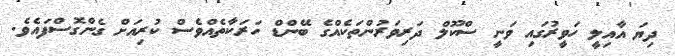
ދިޔަ އާއިލީ ހަވީރުގައި ވަނީ ސްކޫލް ދަރިވަރުންތަކެއްގެ ބޭންޑް ހަރަކާތެއްވެސް ކުރިއަށް ގެންގޮސްފައެވެ.